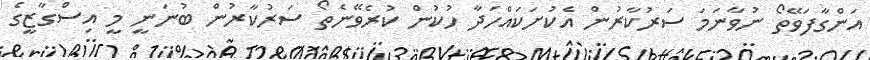
އަންގާފަވޭތޯ ނުވާނަމަ ސަރުކާރުން އެކުށަކައްހަދާ ހުކުން ކުރެވޭނެތޯ ސަރުކާރުން ބުނަނީ މީ އިސްގާޒީގެ